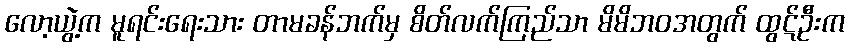
လော့ယွဲ့က မူရင်းရေးသား တာမခန်ဘက်မှ စိတ်လက်ကြည်သာ မိမိဘဝအတွက် ထွဋ်ဦးက